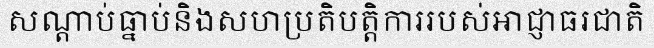
សណ្តាប់ធ្នាប់និងសហប្រតិបត្តិការរបស់អាជ្ញាធរជាតិ